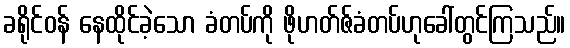
ခရိုင်ဝန် နေထိုင်ခဲ့သော ခံတပ်ကို ဖိုဟတ်ဇ်ခံတပ်ဟုခေါ်တွင်ကြသည်။